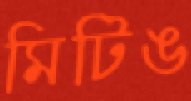
মিটিঙ